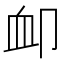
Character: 卹